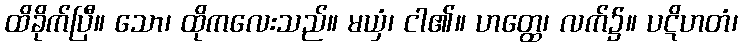
ထိခိုက်ပြီ။ သော၊ ထိုကလေးသည်။ မယှံ၊ ငါ၏။ ဟတ္ထေ၊ လက်၌။ ပဋိဟတံ၊